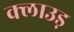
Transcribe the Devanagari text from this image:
क्लाउड़